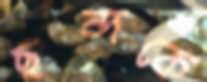
ছন্দকে